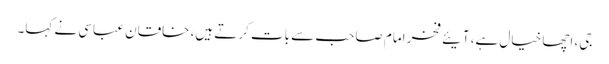
جی، اچھا خیال ہے، آیئے فخر امام صاحب سے بات کرتے ہیں، خاقان عباسی نے کہا۔